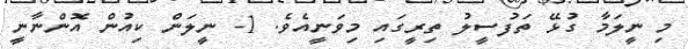
މި ނީލަމާ ގުޅޭ ތަފުސީލު ތިރީގައި މިވަނީއެވެ. 1- ނީލަން ކިއުން އޮންނާނީ